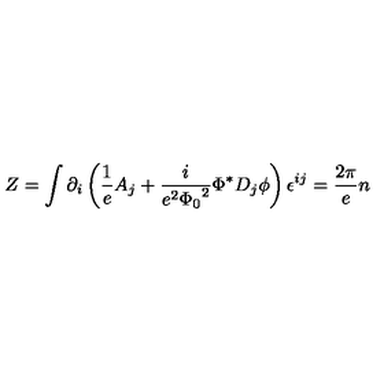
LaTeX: Z = \int \partial _ { i } \left( \frac { 1 } { e } A _ { j } + \frac { i } { e ^ { 2 } { \Phi _ { 0 } } ^ { 2 } } { \Phi } ^ { * } D _ { j } \phi \right) \epsilon ^ { i j } = \frac { 2 \pi } { e } n